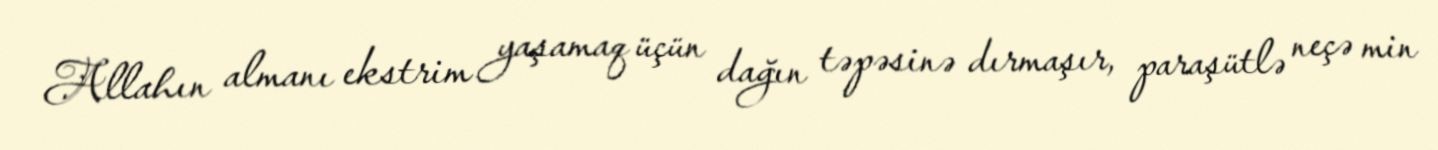
Allahın almanı ekstrim yaşamaq üçün dağın təpəsinə dırmaşır, paraşütlə neçə min